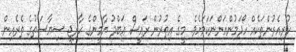
ކުރިއެރުންތަކެއް ހޯދަމުންއަންނަކަމަށެވެ. މީގެ އިތުރުން ރައީސް ޢަބްދު ޔާމީންގެ ޚާރިޖީ ސިޔާސަތުގެ ތެރެއިން